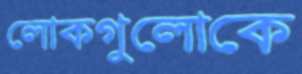
লোকগুলোকে